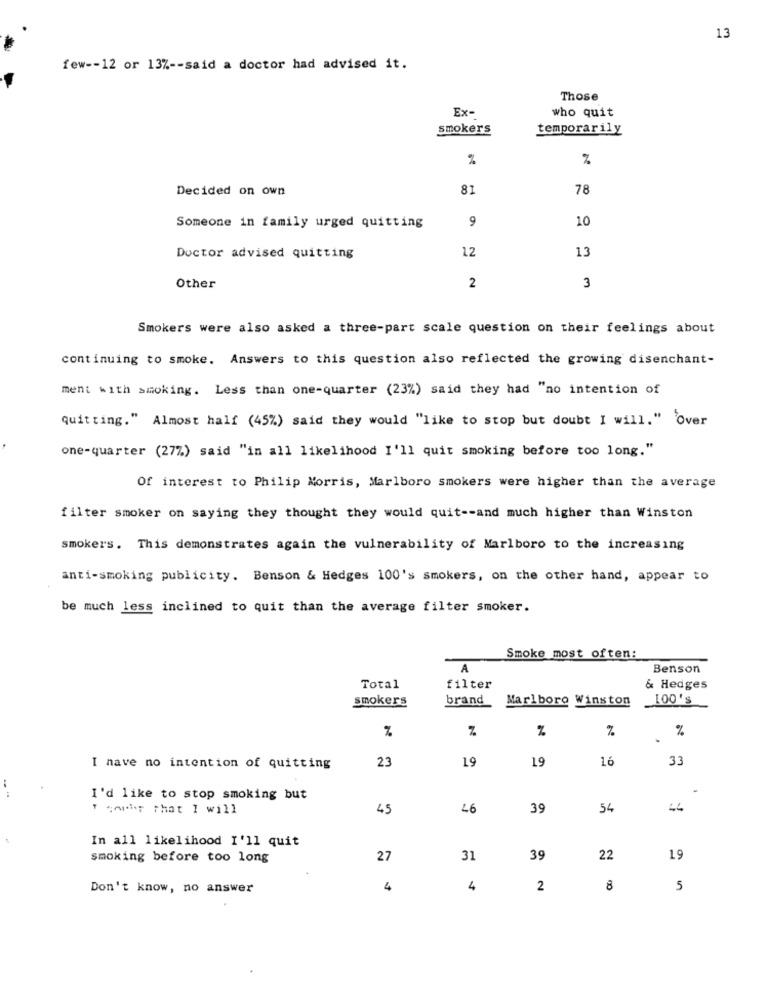
13
few -- 12 or 13% -- said a doctor had advised it.
Those
Ex-
who quit
smokers
temporarily
%
%
Decided on own
81
78
9
10
Someone in family urged quitting
12
13
Doctor advised quitting
Other
2
3
Smokers were also asked a three-part scale question on their feelings about
continuing to smoke. Answers to this question also reflected the growing disenchant-
ment with smoking. Less than one-quarter (23%) said they had "no intention of
quitting." Almost half (45%) said they would "like to stop but doubt I will." Over
one-quarter (27%) said "in all likelihood I'll quit smoking before too long."
Of interest to Philip Morris, Marlboro smokers were higher than the average
filter smoker on saying they thought they would quit -- and much higher than Winston
smokers. This demonstrates again the vulnerability of Marlboro to the increasing
anti-smoking publicity. Benson & Hedges 100's smokers, on the other hand, appear to
be much less inclined to quit than the average filter smoker.
Smoke most often:
A
Benson
Total
filter
& Hedges
smokers
brand
Marlboro Winston
100's
%
N
%
%
23
19
19
16
33
I nave no intention of quitting
I'd like to stop smoking but
" carr that I will
45
46
39
54
44
In all likelihood I'll quit
smoking before too long
27
31
39
22
19
Don't know, no answer
4
4
2
8
5